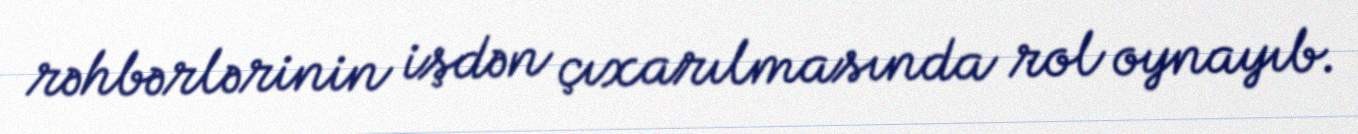
rəhbərlərinin işdən çıxarılmasında rol oynayıb.